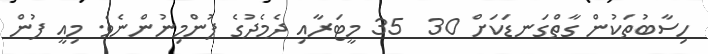
ހިސާބުތަކުން ގާތްގަނޑަކަށް 30  35 މީޓަރާއި ދެމެދުގެ ފުންމިނުންނެވެ. މިއީ ފުން